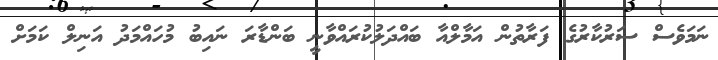
ނަމަވެސް ސަރުކާރުގެ ފަރާތުން އަމާލްއާ ބައްދަލުކުރައްވާނީ ބަންޑާރަ ނައިބު މުހައްމަދު އަނިލް ކަމަށް